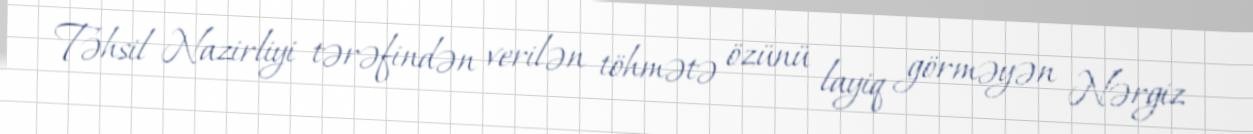
Təhsil Nazirliyi tərəfindən verilən töhmətə özünü layiq görməyən Nərgiz